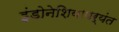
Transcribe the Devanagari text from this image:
इंडोनेशियापर्यंत